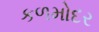
કળમોદર